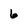
Character: 6